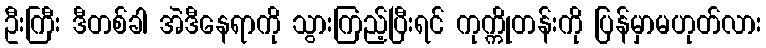
ဦးကြီး ဒီတစ်ခါ အဲဒီနေရာကို သွားကြည့်ပြီးရင် ကုက္ကိုတန်းကို ပြန်မှာမဟုတ်လား